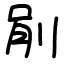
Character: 剈